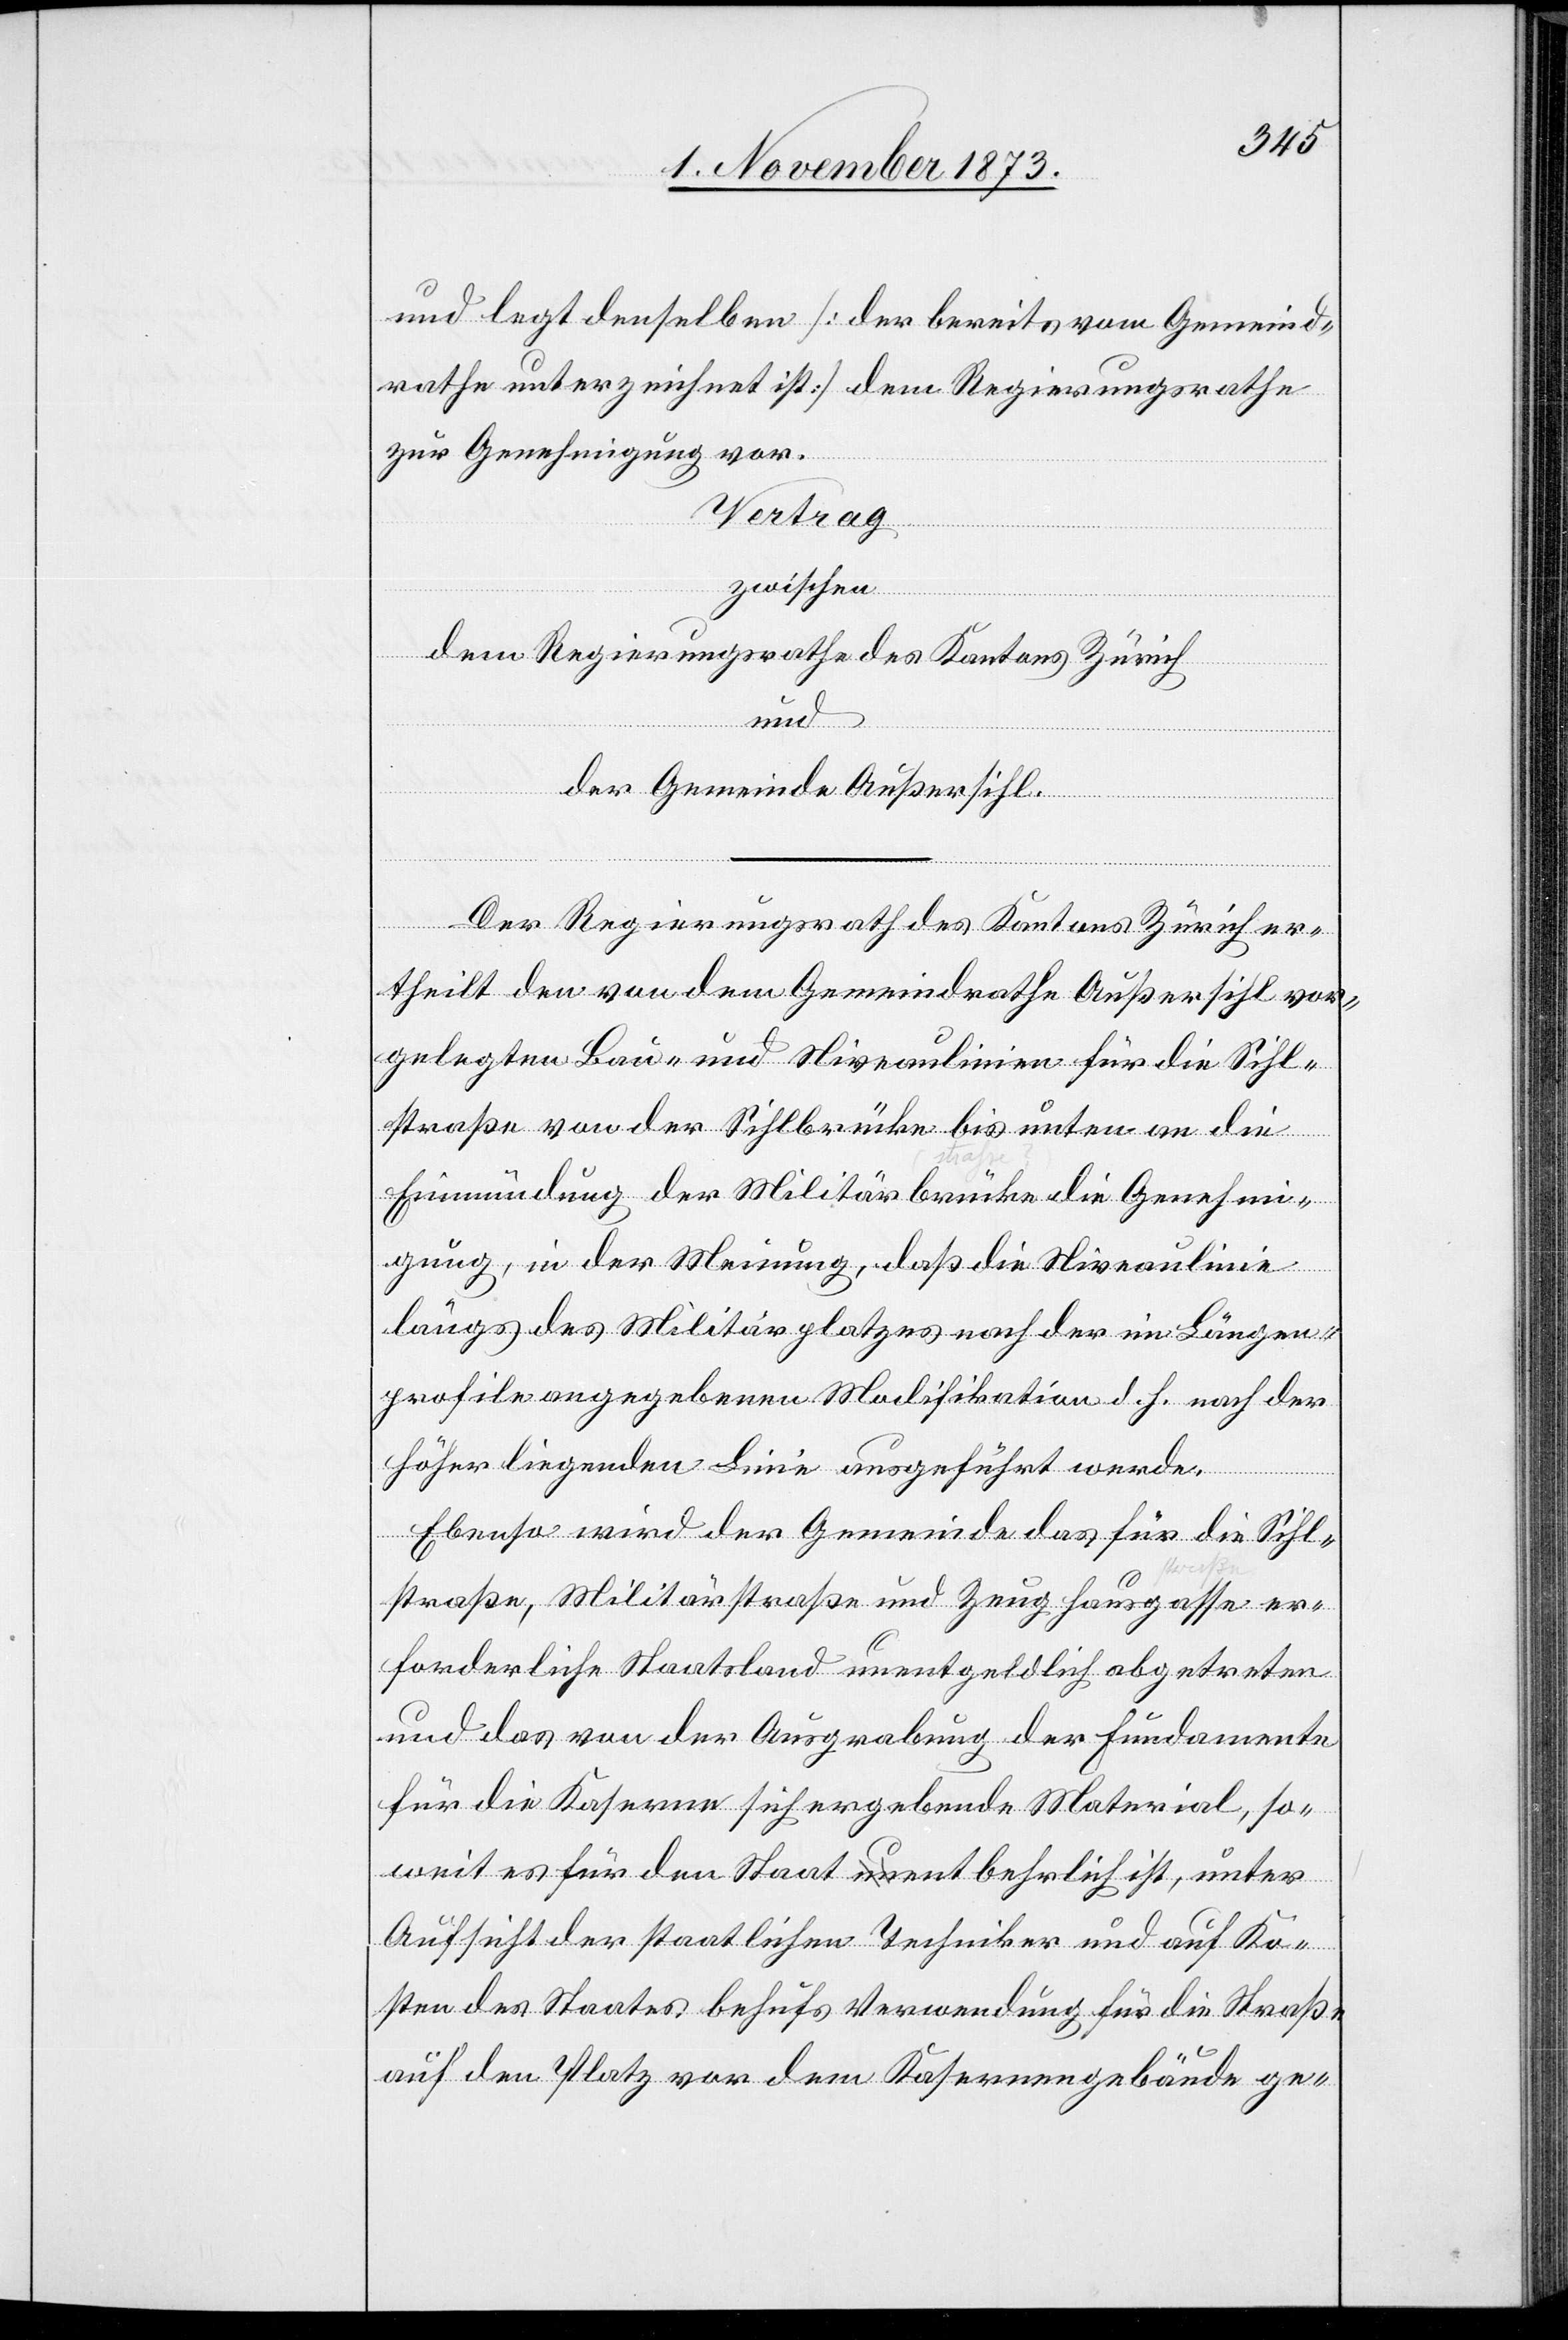
und legt denselben [der bereits vom Gemeind¬
rathe unterzeichnet ist] dem Regierungsrathe
zur Genehmigung vor.
Vertrag
zwischen
dem Regierungsrathe des Kantons Zürich
und
der Gemeinde Außersihl.
Der Regierungsrath des Kantons Zürich er¬
theilt den von dem Gemeindrathe Außersihl vor¬
gelegten Bau- und Niveaulinien für die Sihl¬
straße von der Sihlbrücke bis unten an die
Einmündung der Militärbrücke die Genehmi¬
gung, in der Meinung, daß die Niveaulinie
längs des Militärplatzes nach der im Längen¬
profile angegebenen Modifikation d. h. nach der
höher liegenden Linie ausgeführt werde.
Ebenso wird der Gemeinde das für die Sihl¬
straße, Militärstraße und Zeughausgasse er¬
forderliche Staatsland unentgeldlich abgetreten
und das von der Ausgrabung der Fundamente
für die Kaserne sich ergebende Material, so¬
weit es für den Staat entbehrlich ist, unter
Aufsicht der staatlichen Techniker und auf Ko¬
sten des Staates behufs Verwendung für die Straße
auf den Platz vor dem Kasernengebäude ge-